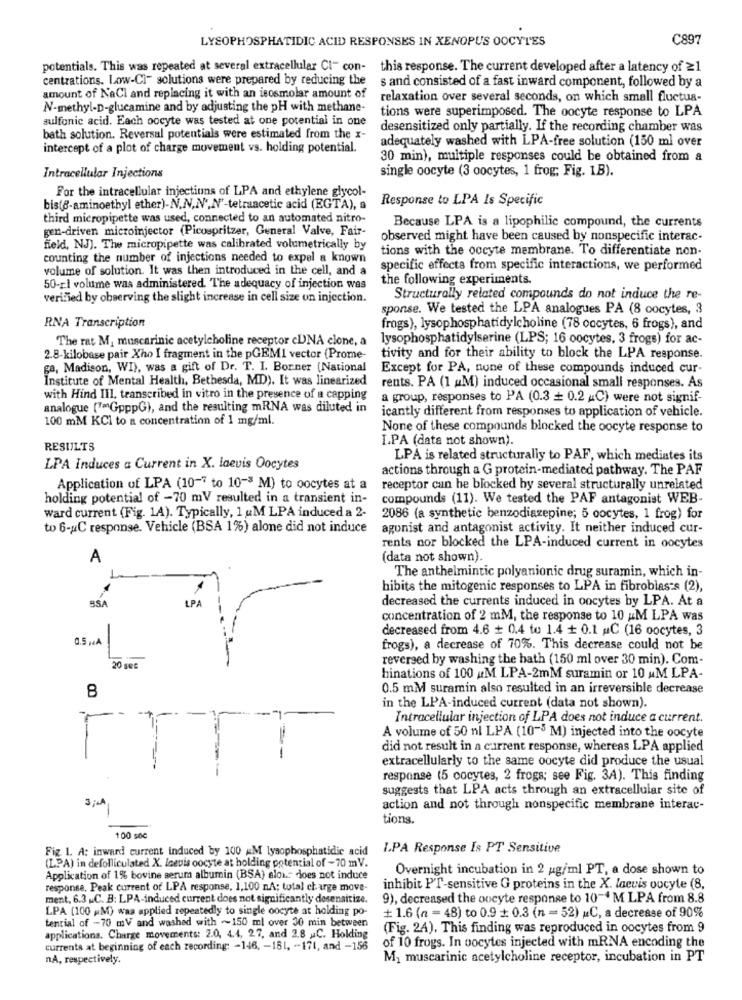
LYSOPHOSPHATIDIC ACID RESPONSES IN XENOPUS OOCYTES
C897
potentials. This was repeated at several extracellular CI- con- this response. The current developed after a latency of ≥1
centrations. Low-Ci- solutions were prepared by reducing the s and consisted of a fast inward component, followed by a
amount of NaCl and replacing it with an isosmolar amount of
relaxation over several seconds, on which small fluctua-
N-methyl-D-glucamine and by adjusting the pH with methane-
tions were superimposed. The oocyte response to LPA
sulfonic acid. Each oocyte was tested at one potential in one
desensitized only partially. If the recording chamber was
bath solution. Reversal potentials were estimated from the x-
adequately washed with LPA-free solution (150 ml over
intercept of a plot of charge movement vs. holding potential.
30 min), multiple responses could be obtained from a
single oocyte (3 oocytes, 1 frog; Fig. 1B).
Intracellular Injections
For the intracellular injections of LPA and ethylene glycol-
Response to LPA Is Specific
bis(8-aminoethyl ether)-N.N,N',N'-tetraacetic acid (EGTA), a
third micropipette was used, connected to an automated nitro-
gen-driven microinjector (Picospritzer, General Valve, Fair-
Because LPA is a lipophilic compound, the currents
observed might have been caused by nonspecific interac-
field, NJ). The micropipette was calibrated volumetrically by
tions with the oocyte membrane. To differentiate non-
counting the number of injections needed to expel a known
volume of solution. It was then introduced in the cell, and a
specific effects from specific interactions, we performed
the following experiments.
50-rl volume was administered. The adequacy of injection was
verified by observing the slight increase in cell size on injection.
Structurally related compounds do not induce the re-
sponse. We tested the LPA analogues PA (8 oocytes, 3
RNA Transcription
frogs), lysophosphatidylcholine (78 oocytes, 6 frogs), and
The rat M, muscarinic acetylcholine receptor cUNA clone, a
lysophosphatidylserine (LPS; 16 oocytes, 3 frogs) for ac-
2.8-kilobase pair Xho I fragment in the pGEMI vector (Prome-
tivity and for their ability to block the LPA response.
ga, Madison, WI), was a gift of Dr. T. I. Borner (National
Except for PA, none of these compounds induced cur-
Institute of Mental Health, Bethesda, MD). It was linearized
rents. PA (1 uM) induced occasional small responses. As
with Hind III, transcribed in vitro in the presence of a capping
a group, responses to PA (0.3 + 0.2 4C) were not signif-
analogue (7=GpppG), and the resulting mRNA was diluted in
icantly different from responses to application of vehicle.
100 mM KCI to a concentration of 1 mg/ml.
None of these compounds blocked the oocyte response to
L.PA (data not shown).
RESULTS
LPA is related structurally to PAF, which mediates its
LPA Induces a Current in X. laevis Oocytes
actions through a G protein-mediated pathway. The PAF
Application of LPA (10-" to 10-3 M) to oocytes at a
receptor can be blocked by several structurally unrelated
holding potential of -70 mV resulted in a transient in-
compounds (11). We tested the PAF antagonist WEB-
ward current (Fig. 1A). Typically, 1 uM LPA induced a 2-
2086 (a synthetic benzodiazepine; 5 oocytes, 1 frog) for
to 6-uC response. Vehicle (BSA 1%) alone did not induce
agunist and antagonist activity. It neither induced cur-
rents nor blocked the LPA-induced current in oocytes
A
(data not shown).
The anthelmintic polyanionic drug suramin, which in-
hibits the mitogenic responses to LPA in fibroblas:s (2),
SSA
LPA
decreased the currents induced in oocytes by LPA. At a
concentration of 2 mM, the response to 10 &M LPA was
decreased from 4.6 + 0.4 to 1.4 + 0.1 C (16 oocytes, 3
0.5 pŁA
frogs), a decrease of 70%. This decrease could not be
reversed by washing the bath (150 ml over 30 min). Com-
20 gec
binations of 100 &M LPA-2mM suramin or 10 MM LPA-
B
0.5 mM suramin also resulted in an irreversible decrease
in the LPA-induced current (data not shown).
Intracellular injection of LPA does not induce a current.
A volume of 50 nl LPA (10-5 M) injected into the oocyte
did not result in a current response, whereas LPA applied
extracellularly to the same oocyte did produce the usual
TTT
response (5 cocytes, 2 frogs; see Fig. 3A). This finding
suggests that LPA acts through an extracellular site of
action and not through nonspecific membrane interac-
tions.
100 soc
Fig. 1 A: inward current induced by 100 &M lysophosphatidie acid
LPA Response Is PT Sensitive
(LPA) in defolliculated X. Icevis oocyte at holding potential of -70 mV.
Overnight incubation in 2 ug/ml PT, a dose shown to
Application of 1% bovine serum albumin (BSA) alout does not induce
response, Peak current of LPA response, 1,100 nA; total charge move-
inhibit PT-sensitive G proteins in the X. laevis oocyte (8,
ment, 6.3 .C. B: LPA-induced current does not significantly dosenaitize.
9), decreased the oocyte response to 10-4 M LPA from 8.8
LPA (100 ,M) was applied repeatedly to single oocyte at holding po-
tential of -70 mV and washed with ~~ 150 ml over 30 min between
+ 1.6 (n = 48) to 0.9 : 0.3 (n = 52) uC, a decrease of 90%
(Fig. 24). This finding was reproduced in oocytes from 9
applications. Charge movements: 2.0, 4.4, 27, and 2.8 .C. Holding
currents at beginning of each recording: - 146, - 151, - 171, and -156
of 10 frogs. In pocytes injected with mRNA encoding the
nA, respectively.
M1 muscarinic acetylcholine receptor, incubation in PT